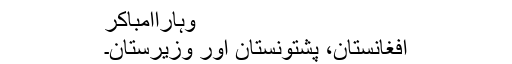
وہاراامباکر
افغانستان، پشتونستان اور وزیرستان۔